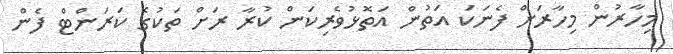
މިހާރުން މިހާރަށް ފެނަކަ އަތުން އަތޮޅުވެރިކަން ކުރާ ރަށް ތަކުގެ ކަރަންޓް ފެން